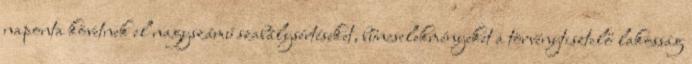
naponta követnek el nagyszámú szabálysértéseket, bűncselekményeket a törvénytisztelő lakosság